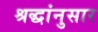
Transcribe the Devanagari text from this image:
श्रद्धांनुसार